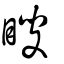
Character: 瞍